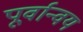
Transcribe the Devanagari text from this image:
पूर्वान्वय